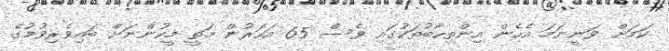
ކަމަށް ވަނީނަމަ އެހެން އިންތިހާބުތަކުގައި ވެސް 65 އަހަރުން މަތީ މީހުންނަށް ބައިވެރިވުމުގެ